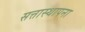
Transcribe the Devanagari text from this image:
सत्तास्थापना